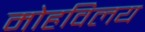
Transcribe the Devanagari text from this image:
मोहविलय